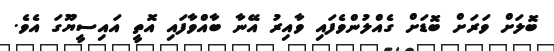
ބޮލަށް ވަރަށް ބޮޑަށް ގެއްލުންވެފައި ވާއިރު އޭނާ ބާއްވާފައި އޮތީ އައިސީޔޫގަ އެވެ.